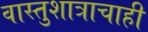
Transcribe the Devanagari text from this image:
वास्तुशात्राचाही